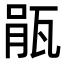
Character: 瓹